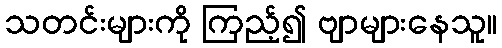
သတင်းများကို ကြည့်၍ ဗျာများနေသူ။